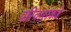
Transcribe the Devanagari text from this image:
परिवारांकडे